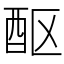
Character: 𬪧